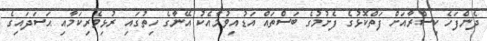
ދެންފަހެ ކިސްރާއަށް ފަތްކޮޅުގެ ފެށުމުގެ ބަސްތައް އަޑުއިވުމާއެކު އޭނާގެ ހިތުގައި ރުޅިވެރިކަމާއި ޙަސަދައިގެ